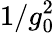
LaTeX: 1/g_{0}^{2}